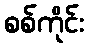
စစ်ကိုင်း